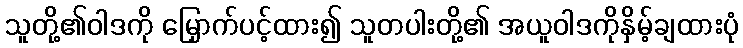
သူတို့၏ဝါဒကို မြှောက်ပင့်ထား၍ သူတပါးတို့၏ အယူဝါဒကိုနှိမ့်ချထားပုံ